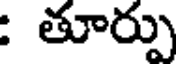
: తూర్పు